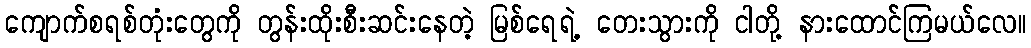
ကျောက်စရစ်တုံးတွေကို တွန်းထိုးစီးဆင်းနေတဲ့ မြစ်ရေရဲ့ တေးသွားကို ငါတို့ နားထောင်ကြမယ်လေ။